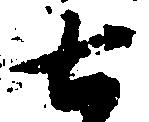
七